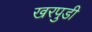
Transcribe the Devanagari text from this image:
खरपुडी